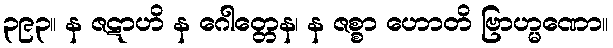
၃၉၃။ န ဇဋာဟိ န ဂေါတ္တေန၊ န ဇစ္စာ ဟောတိ ဗြာဟ္မဏော။